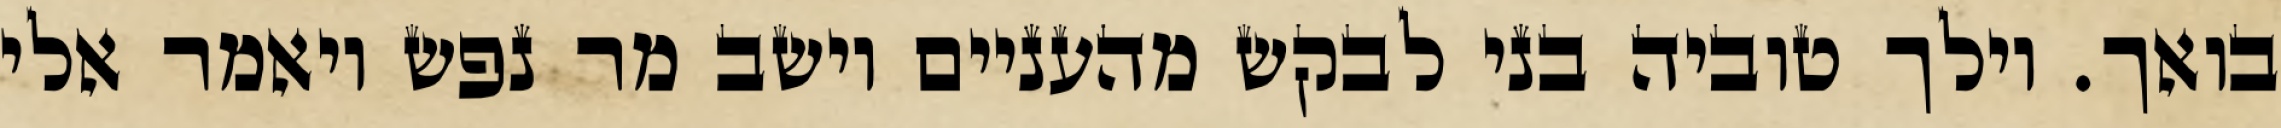
בואך. וילך טוביה בני לבקש מהעניים וישב מר נפש ויאמר אלי